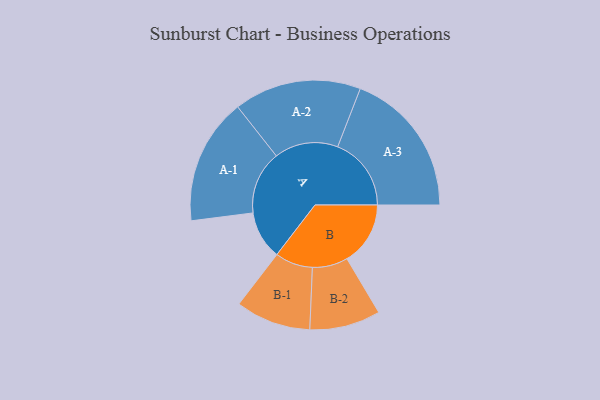
{"axis": {"x": "Segment", "y": "Value"}, "legend": ["", "A", "B"], "data": [{"x": "A", "y": 195, "type": ""}, {"x": "B", "y": 256, "type": ""}, {"x": "A-1", "y": 255, "type": "A"}, {"x": "A-2", "y": 257, "type": "A"}, {"x": "A-3", "y": 297, "type": "A"}, {"x": "B-1", "y": 152, "type": "B"}, {"x": "B-2", "y": 143, "type": "B"}]}